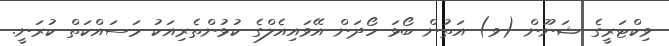
ވިކްޓަރީގެ ޝަނޫން (ވ) އަތުން ބޯޅަ ހޯދަން އޭވައިއެލްގެ ކުޅުންތެރިއަކު މަސައްކަތް ކުރަނީ.